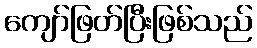
ကျော်ဖြတ်ပြီးဖြစ်သည်